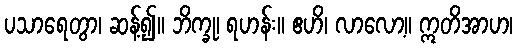
ပသာရေတွာ၊ ဆန့်၍။ ဘိက္ခု၊ ရဟန်း။ ဧဟိ၊ လာလော့။ ဣတိအာဟ၊